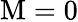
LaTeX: \mathrm{M}=0